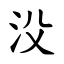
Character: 㳇